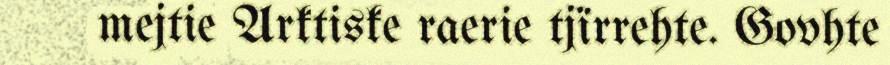
mejtie Arktiske raerie tjïrrehte. Govhte